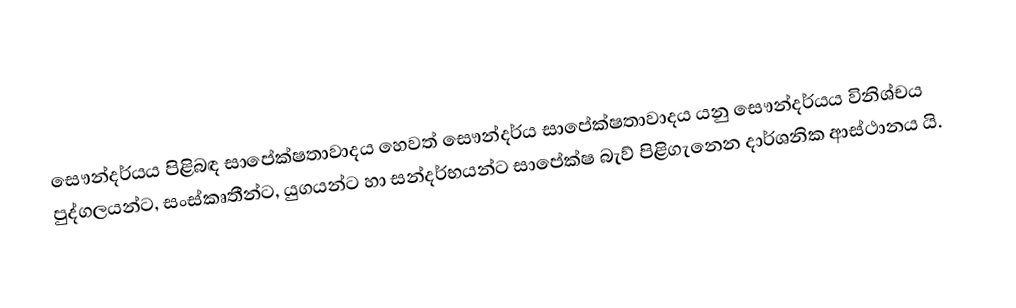
සෞන්දර්යය පිළිබඳ සාපේක්ෂතාවාදය හෙවත් සෞන්දර්ය සාපේක්ෂතාවාදය යනු සෞන්දර්යය විනිශ්චය පුද්ගලයන්ට, සංස්කෘතීන්ට, යුගයන්ට හා සන්දර්භයන්ට සාපේක්ෂ බැව් පිළිගැනෙන දාර්ශනික ආස්ථානය යි.